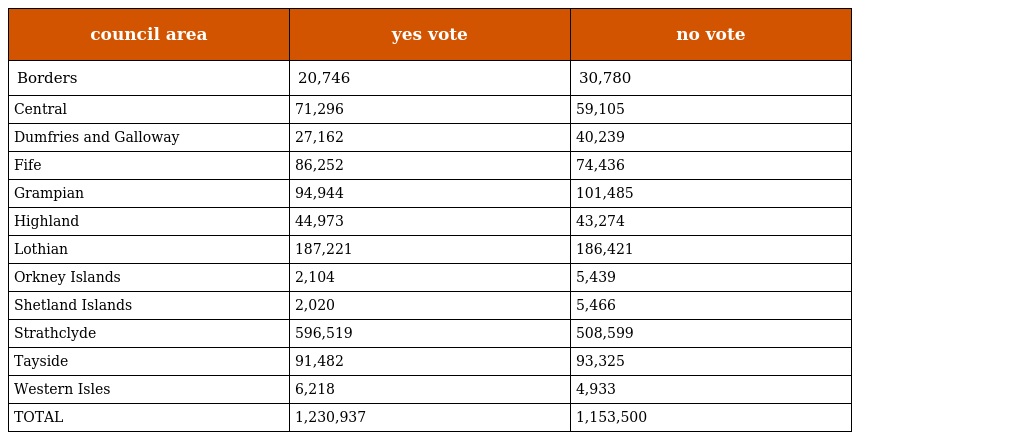
| council area | yes vote | no vote |
 | --- | --- | --- |
 | Borders | 20,746 | 30,780 |
 | Central | 71,296 | 59,105 |
 | Dumfries and Galloway | 27,162 | 40,239 |
 | Fife | 86,252 | 74,436 |
 | Grampian | 94,944 | 101,485 |
 | Highland | 44,973 | 43,274 |
 | Lothian | 187,221 | 186,421 |
 | Orkney Islands | 2,104 | 5,439 |
 | Shetland Islands | 2,020 | 5,466 |
 | Strathclyde | 596,519 | 508,599 |
 | Tayside | 91,482 | 93,325 |
 | Western Isles | 6,218 | 4,933 |
 | TOTAL | 1,230,937 | 1,153,500 |